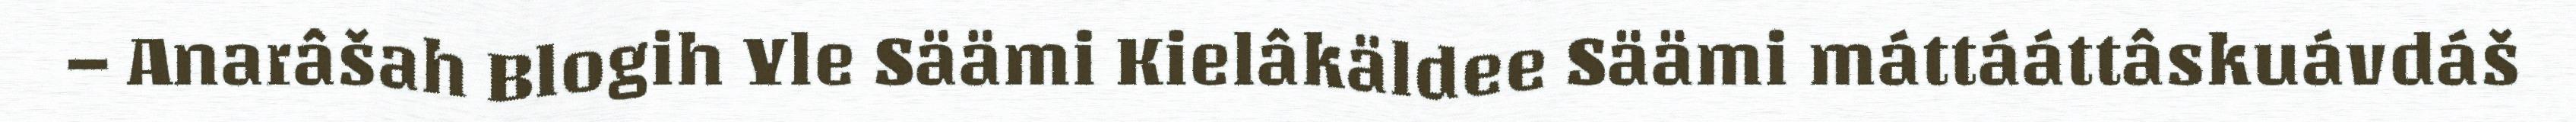
– Anarâšah Blogih Yle Säämi Kielâkäldee Säämi máttááttâskuávdáš